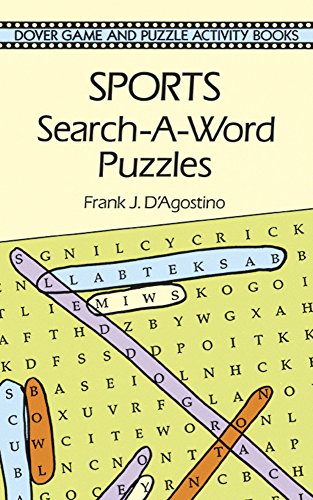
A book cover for Sports Search-a-Word Puzzles (Dover Children's Activity Books); Frank J. D'Agostino; Humor & Entertainment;